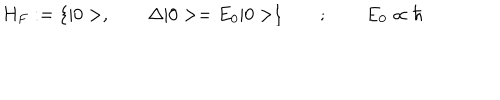
H _ { F } : = { \{ | 0 > , \qquad \Delta | 0 > = E _ { 0 } | 0 > } \} \qquad ; \qquad E _ { 0 } \propto \hbar